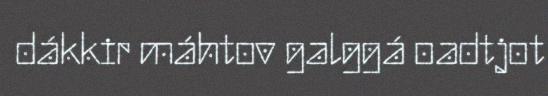
dákkir máhtov galggá oadtjot